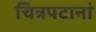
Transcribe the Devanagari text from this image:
चित्रपटानां